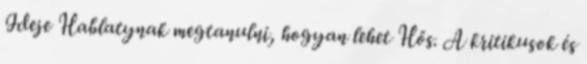
Ideje Hablatynak megtanulni, hogyan lehet Hős. A kritikusok és